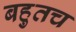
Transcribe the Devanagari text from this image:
बहुतच